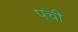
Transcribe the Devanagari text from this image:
पची